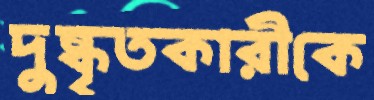
দুষ্কৃতকারীকে